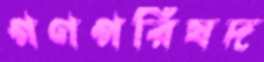
গণপরিষদ